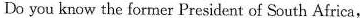
Do you know the former President of South Africa,